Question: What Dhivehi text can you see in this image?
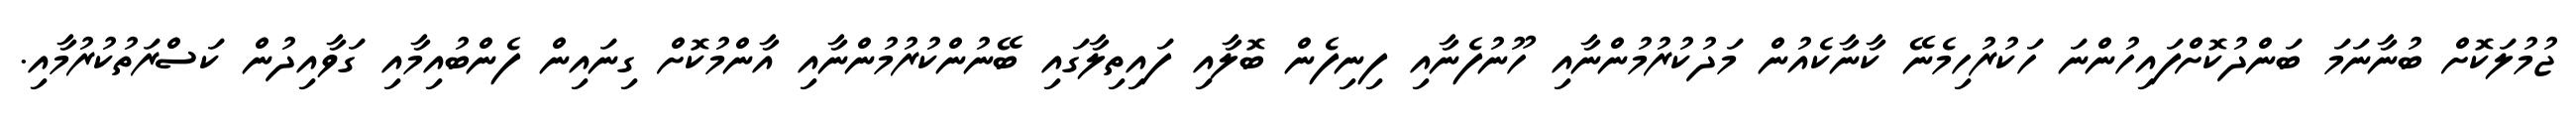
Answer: ޖުމުލަކޮށް ބުނާނަމަ ބަންދުކޮށްފައިހުންނަ ހަކުރުހިމެނޭ ކާނާކެއުން މަދުކުރުމުންނާއި ހޫނުފެނާއި ފިނިފެން ބޮލާއި ފައިތިލާގައި ބޭނުންކުރުމުންނާއި އާންމުކޮށް ގިނައިން ފެންބުއިމާއި ގަވާއިދުން ކަސްރަތުކުރުމާއި.